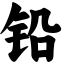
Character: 铅